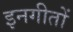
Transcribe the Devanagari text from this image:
इनगीतों